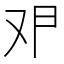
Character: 𰆶